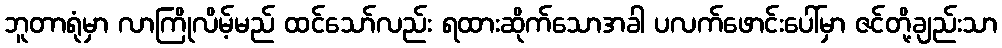
ဘူတာရုံမှာ လာကြိုလိမ့်မည် ထင်သော်လည်း ရထားဆိုက်သောအခါ ပလက်ဖောင်းပေါ်မှာ ဇင်တို့ချည်းသာ